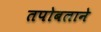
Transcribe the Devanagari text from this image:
तपोबलाने